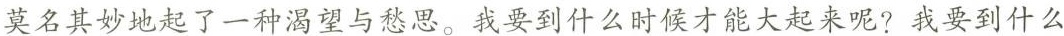
莫名其妙地起了一种渴望与愁思。我要到什么时候才能大起来呢？我要到什么我们吃着野果，先从山腰走向后山去吧，因为前山的草柴，已经被人砍完，第二捆不容易采刮拢来了。慢慢地走到了山后，山下的那个真觉寺的钟鼓声音，早就从春空里传送到了我们的耳边，并且一条青烟也刚从寺后的厨房里透出了屋顶。向寺里看了一眼，阿千就放下了那捆柴，对我说：“他们在烧中饭了，大约离吃饭的时候也不很远，我还是先送你到寺里去吧！” 我们到了寺里，祖母和许多同伴者的念佛婆婆，都张大了眼睛，惊异了起来。阿千走后，她们就开始问我这一次冒险的经过，我也感到了一种得意，将如何出城，如何和阿千上山采集野果的情形，说得格外的详细。后来坐上桌去吃饭的时候，有一位老婆婆问我：“你大了，打算去做些什么？”我就毫不迟疑地回答她说：“我愿意去砍柴！”